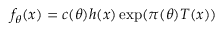
f _ { \theta } ( x ) = c ( \theta ) h ( x ) \exp ( \pi ( \theta ) T ( x ) )